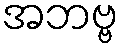
အဘဗ္ဗ